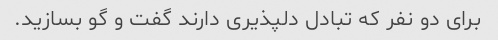
برای دو نفر که تبادل دلپذیری دارند گفت و گو بسازید.